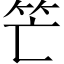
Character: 笀